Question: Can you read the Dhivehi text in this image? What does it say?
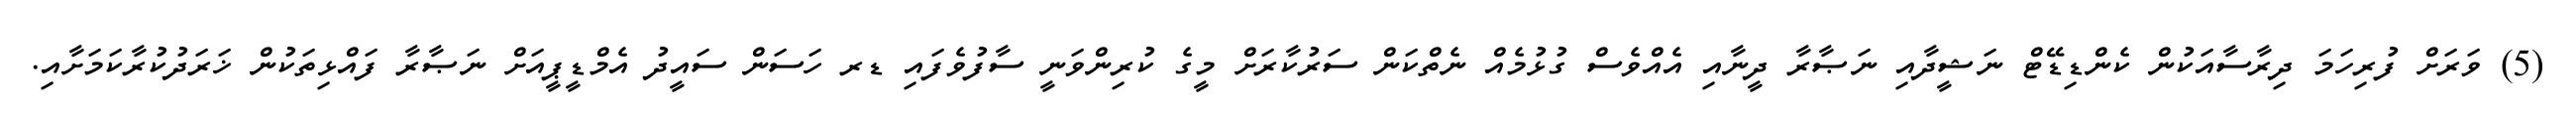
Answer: (5) ވަރަށް ފުރިހަމަ ދިރާސާއަކުން ކެންޑިޑޭޓް ނަޝީދާއި ނަޞާރާ ދީނާއި އެއްވެސް ގުޅުމެއް ނެތްކަން ސަރުކާރަށް މީގެ ކުރިންވަނީ ސާފުވެފައި ޑރ ހަސަން ސައީދު އެމްޑީޕީއަށް ނަޞާރާ ފައްޅިތަކުން ޚަރަދުކުރާކަމަށާއި.